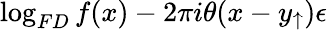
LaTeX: \log_{FD}f(x)-2\pi i\theta(x-y_{\uparrow})\epsilon